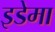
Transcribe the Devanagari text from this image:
इडेमा